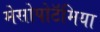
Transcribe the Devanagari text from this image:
मेसोपोटॅमिया